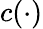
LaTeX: c(\cdot)